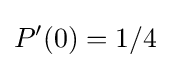
P'(0)=1/4